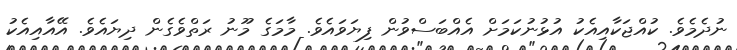
ނުދެމެވެ. ކުއްޖަކާއިއެކު އުޅުނުކަމަށް އެއްބަސްވުން ފިޔަވައެވެ. މާމަގެ މޫނު ރަތްވެގެން ދިޔައެވެ. އޭއާއިއެކު